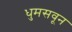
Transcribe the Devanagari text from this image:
धुमसवून